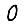
Digit: 0